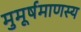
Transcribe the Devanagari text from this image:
मुमूर्षमाणस्य